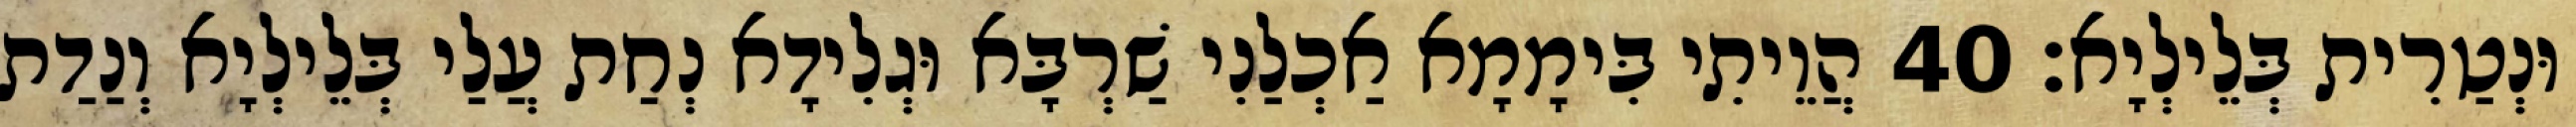
וּנְטַרִית בְּלֵילְיָא׃ 40 הֲוֵיתִי בִּימָמָא אַכְלַנִי שַׁרְבָּא וּגְלִידָא נְחַת עֲלַי בְּלֵילְיָא וְנַדַת